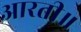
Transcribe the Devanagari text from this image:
आरती॥